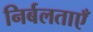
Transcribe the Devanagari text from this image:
निर्बलताएँ